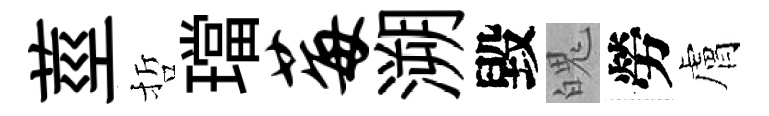
莖哲璫莓溯毀魄勞膚